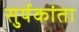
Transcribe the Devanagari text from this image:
सुर्यकांता